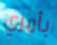
بأمري